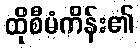
ထိုစီမံကိန်း၏